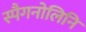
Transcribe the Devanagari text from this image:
स्पैगनोलिनि